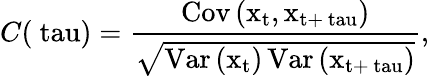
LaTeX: C(\mathrm{\ tau})=\frac{\operatorname{Cov}\left(\mathrm{x}_{\mathrm{t}},\mathrm{x}_{\mathrm{t}+\mathrm{\ tau}}\right)}{\sqrt{\operatorname{Var}\left(\mathrm{x}_{\mathrm{t}}\right)\operatorname{Var}\left(\mathrm{x}_{\mathrm{t}+\mathrm{\ tau}}\right)}},